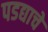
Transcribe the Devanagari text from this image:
पडद्याचे